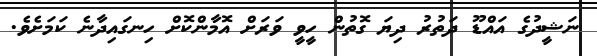
ނަޝީދުގެ އައްޑޫ ދަތުރު ދިޔަ ގޮތުން ހީވީ ވަރަށް އޮމާންކޮށް ހިނގައިދާނެ ކަމަށެވެ.